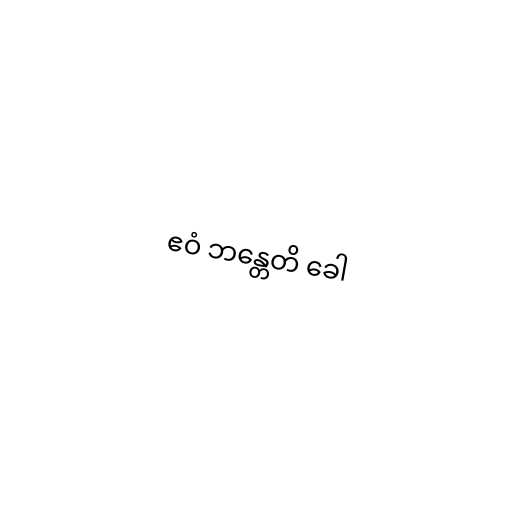
ဧဝံ ဘန္တေတိ ခေါ